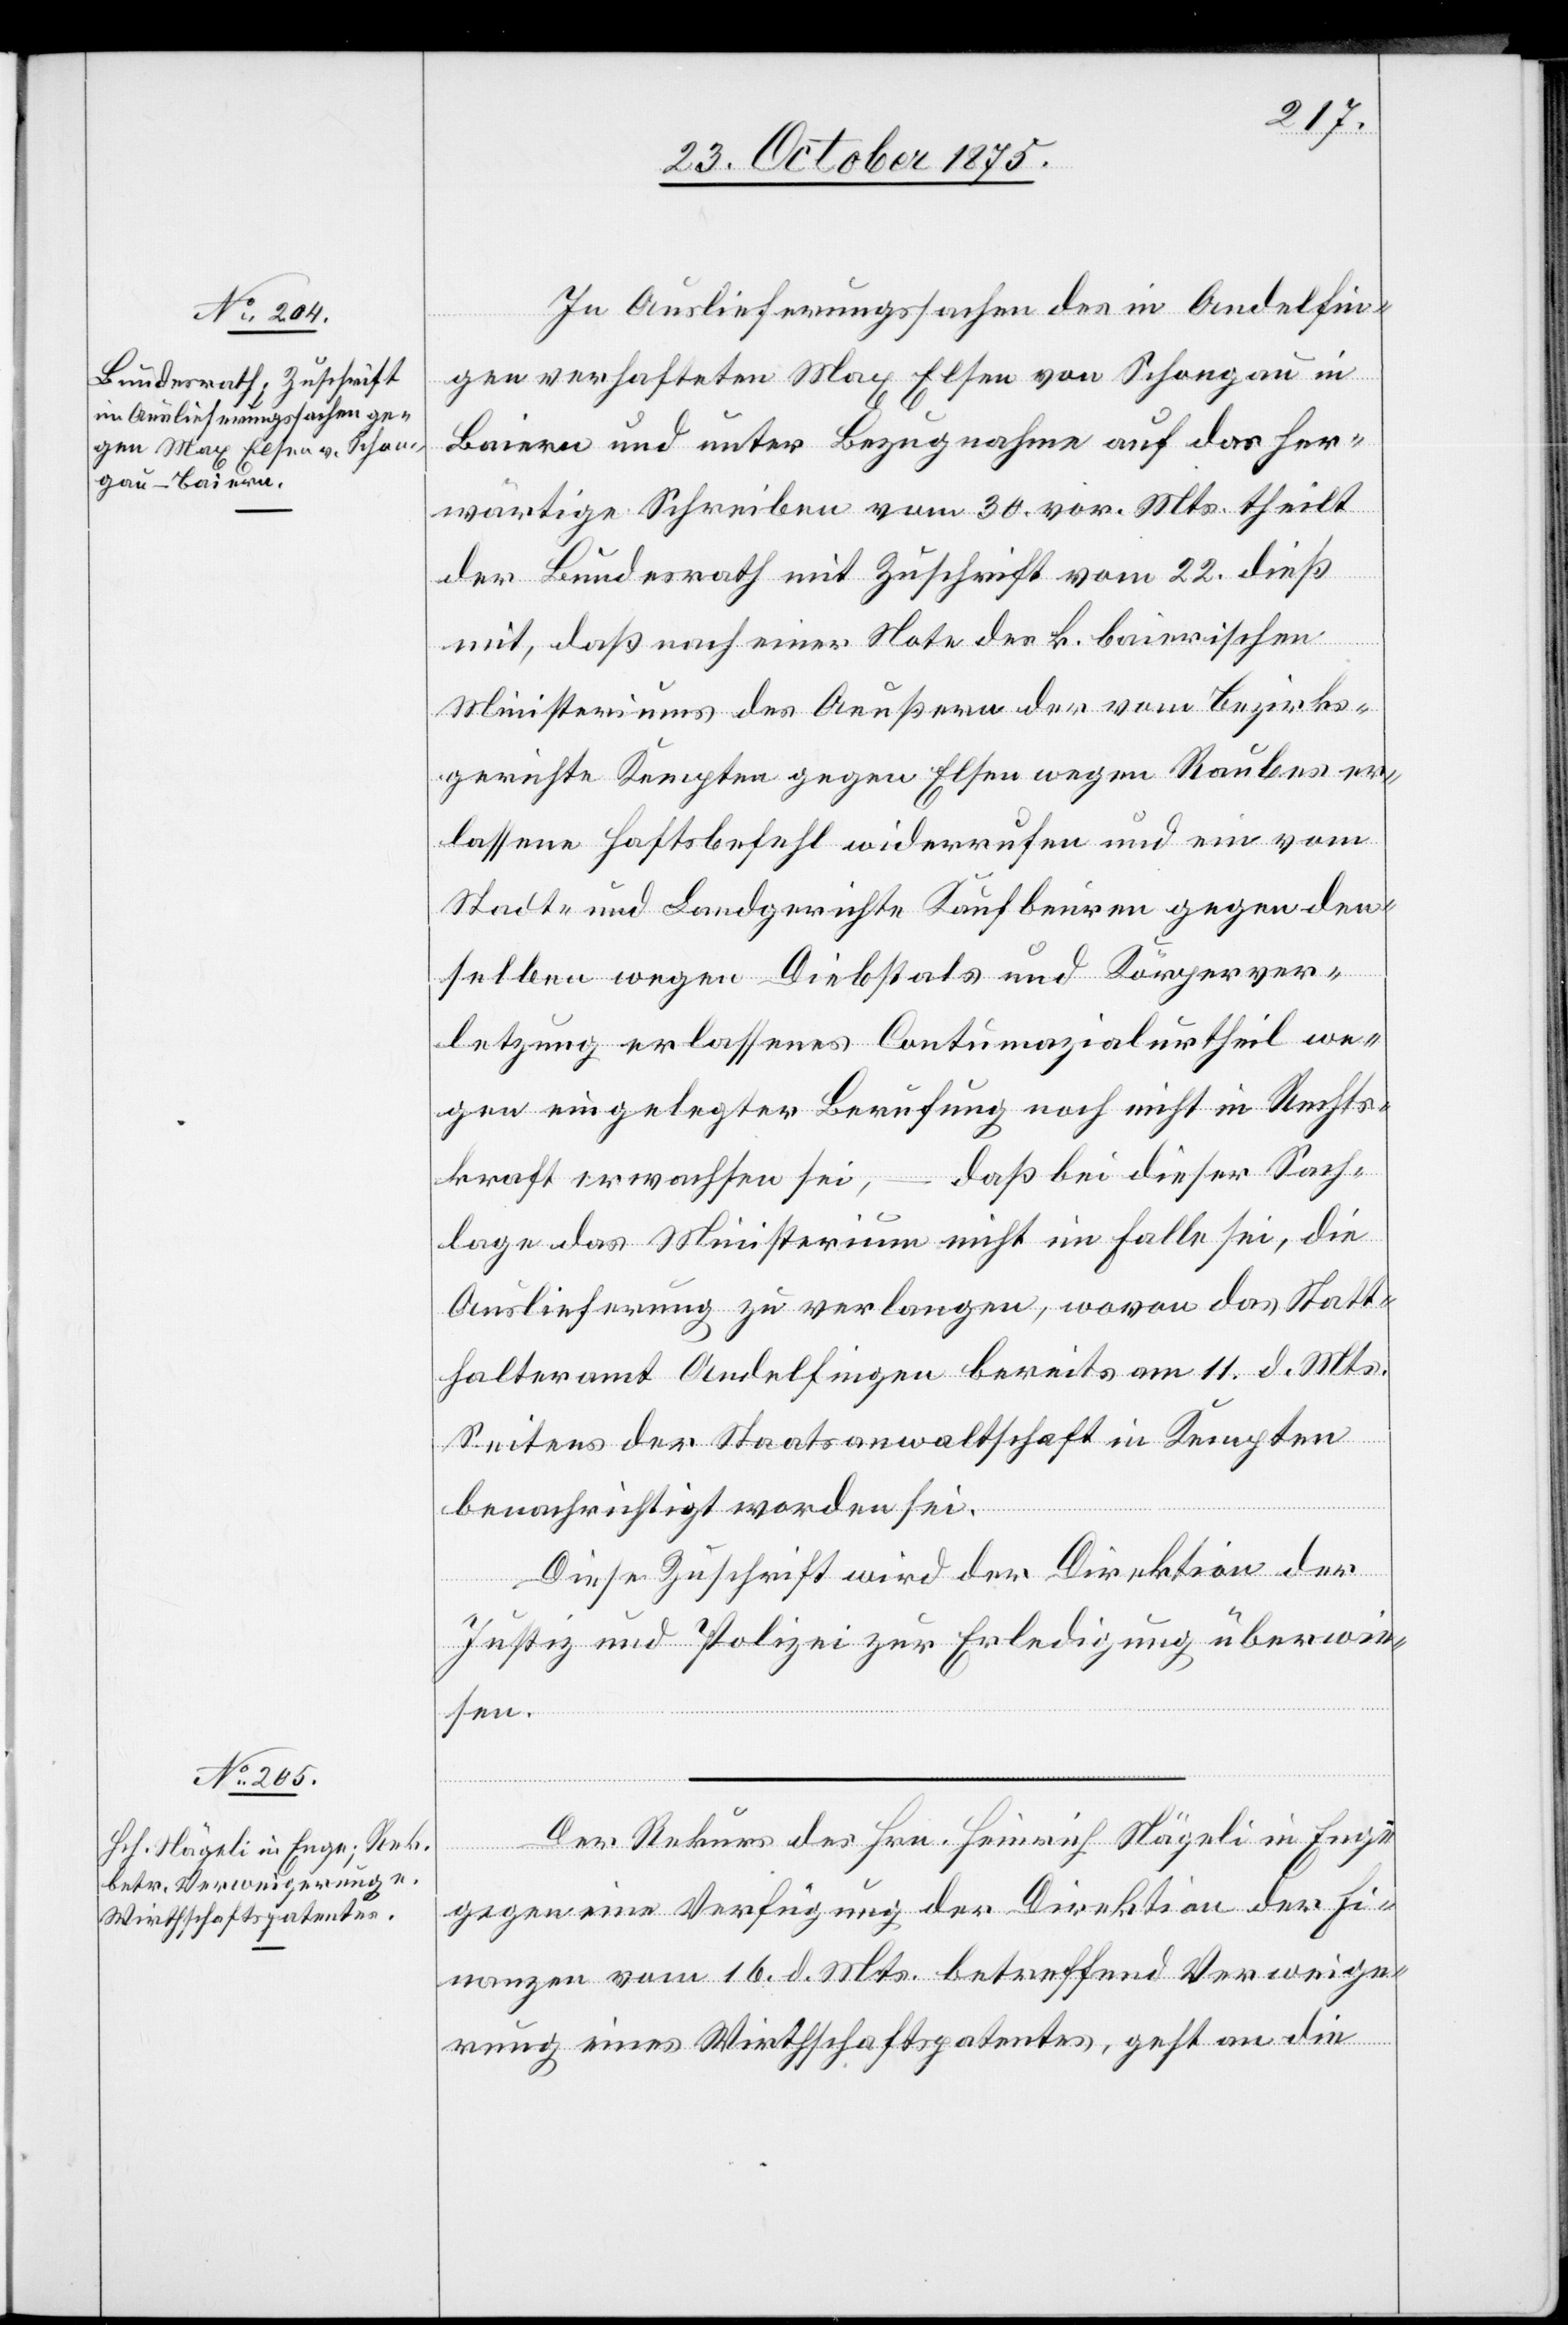
27. October 1875.]
In Auslieferungssachen des in Andelfin¬
gen verhafteten Max Elsen von Schongau in
Baiern und unter Bezugnahme auf das her¬
wärtige Schreiben vom 30. vor. Mts. theilt
der Bundesrath mit Zuschrift vom 22. dieß
mit, daß nach einer Note des k. baierischen
Ministeriums des Aeußern der vom Bezirks¬
gerichte Kempten gegen Elsen wegen Raubes er¬
lassene Haftsbefehl widerrufen und ein vom
Stadt- und Landgerichte Kaufbeuren gegen den¬
selben wegen Diebstals und Körperver¬
letzung erlassenes Contumazialurtheil we¬
gen eingelegter Berufung noch nicht in Rechts¬
kraft erwachsen sei, – daß bei dieser Sach¬
lage das Ministerium nicht im Falle sei, die
Auslieferung zu verlangen, wovon das Statt¬
halteramt Andelfingen bereits am 11. d. Mts.
Seitens der Staatsanwaltschaft in Kempten
benachrichtigt worden sei.
Diese Zuschrift wird der Direktion der
Justiz und Polizei zur Erledigung überwie¬
sen.
Der Rekurs des Hrn. Heinrich Nägeli in Enge
gegen eine Verfügung der Direktion der Fi¬
nanzen vom 16. d. Mts. betreffend Verweige¬
rung eines Wirthschaftspatentes, geht an die